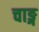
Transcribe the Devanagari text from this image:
चाङ्ग